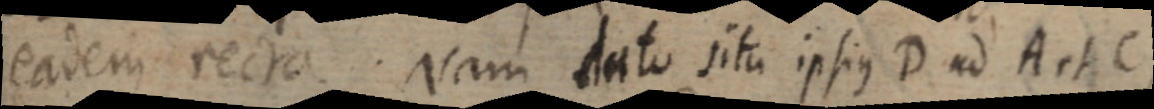
eadem recta. Nam dato situ ipsius D ad A et C